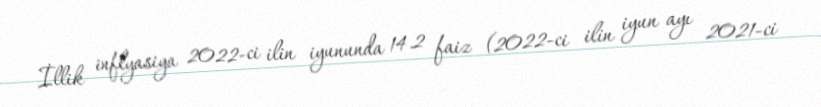
İllik inflyasiya 2022-ci ilin iyununda 14.2 faiz (2022-ci ilin iyun ayı 2021-ci